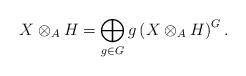
LaTeX: \begin{align*}X \otimes_A H = \bigoplus_{g\in G}g\left(X \otimes_A H\right)^G.\end{align*}